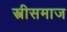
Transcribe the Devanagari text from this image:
स्त्रीसमाज